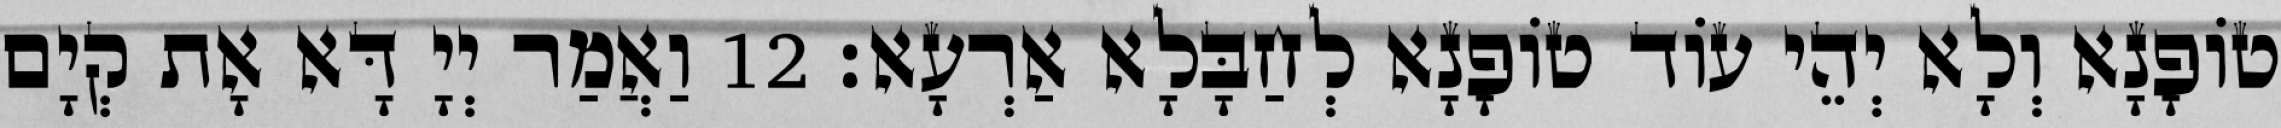
טוֹפָנָא וְלָא יְהֵי עוֹד טוֹפָנָא לְחַבָּלָא אַרְעָא׃ 12 וַאֲמַר יְיָ דָּא אָת קְיָם